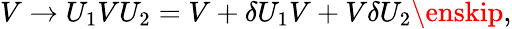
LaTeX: V\rightarrow U_{1}VU_{2}=V+\delta U_{1}V+V\delta U_{2}\enskip,